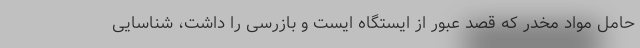
حامل مواد مخدر که قصد عبور از ایستگاه ایست و بازرسی را داشت، شناسایی